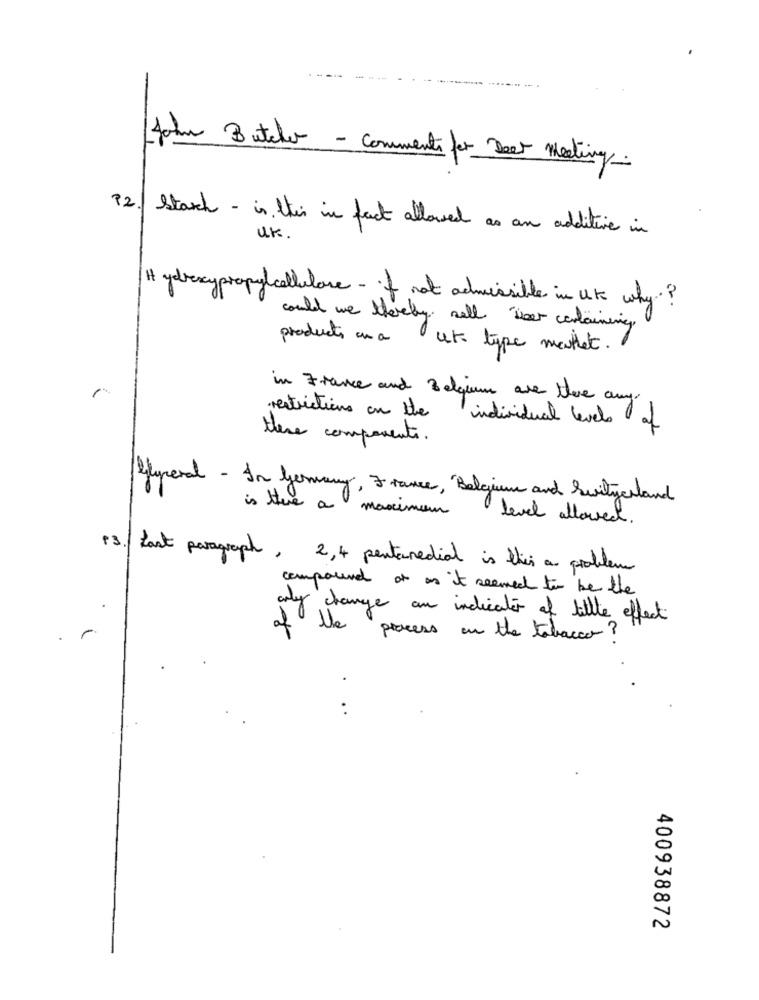
Jahr Butcher - commenti for Deer meeting.
12./ Stark - is this in fact allowed as an additive in
U.K.
Hydroxy propylcellulare- if not admissible in UK why?
could we thereby sall voor containing.
products on a
ut type mathet.
in France and Belgium are there any
restrictions on the
' individual levels of
there components.
glyceral - In Germany, France, "Belgium and Switzerland
is there a maximum
level allowed.
13. Last paragraph, 2,4 pentanedial is this a problem
compound of as it seemed to be the
of
only change an indicator of little effect
. r
the process on the tabacco?
..
400938872